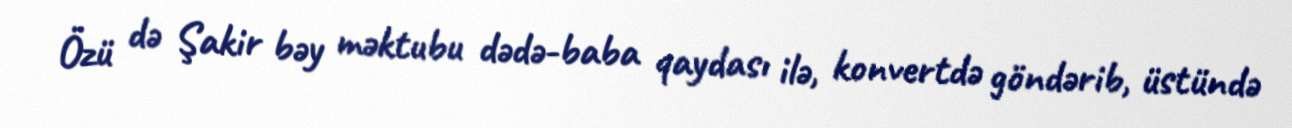
Özü də Şakir bəy məktubu dədə-baba qaydası ilə, konvertdə göndərib, üstündə